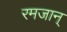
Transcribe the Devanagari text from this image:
रमजान्